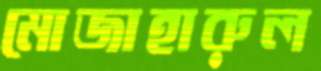
মোজাহারুল